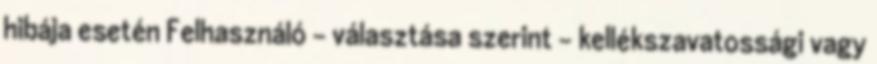
hibája esetén Felhasználó – választása szerint – kellékszavatossági vagy